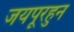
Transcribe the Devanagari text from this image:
जयपूरहुन